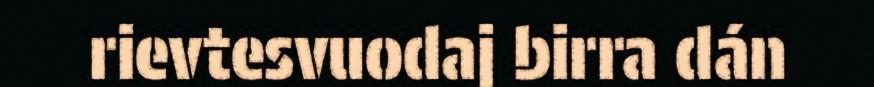
rievtesvuodaj birra dán